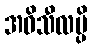
အဓိသီလမ္ပိ